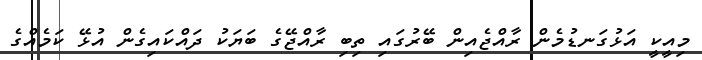
މިއީކީ އަޅުގަނޑުމެން ރާއްޖެއިން ބޭރުގައި ތިބި ރާއްޖޭގެ ބަޔަކު ދައްކައިގެން އުޅޭ ކަމެއްގެ